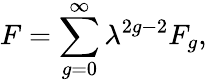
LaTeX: F=\sum_{g=0}^{\infty}\lambda^{2g-2}F_{g},